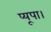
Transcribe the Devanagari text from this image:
प्यूपा।